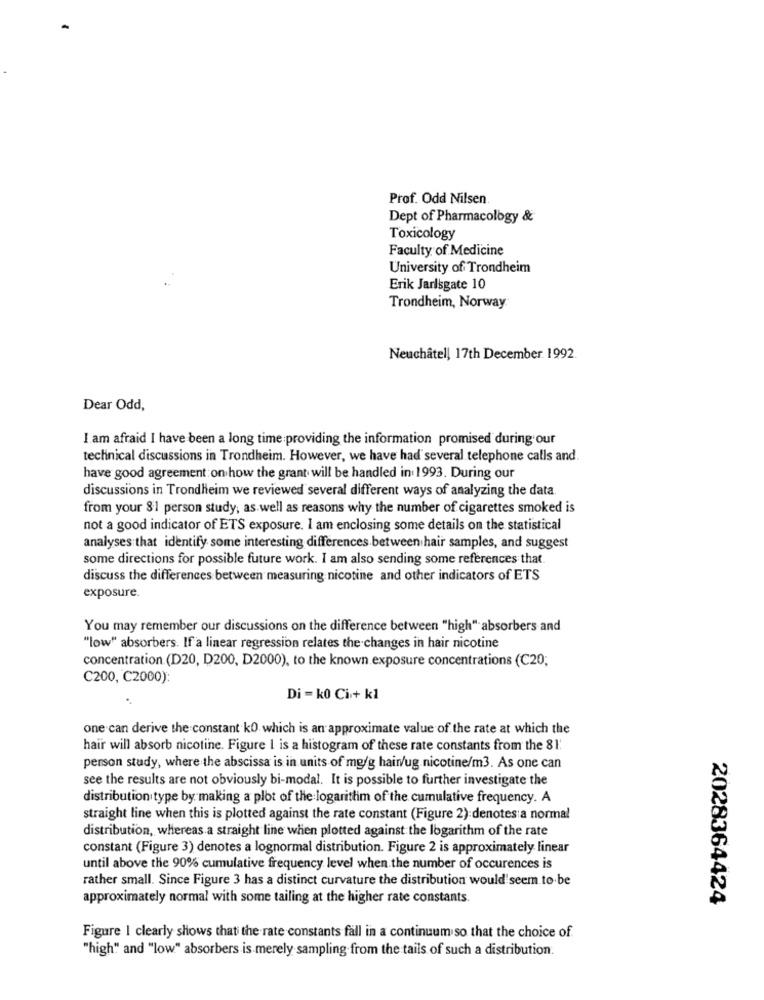
Prof. Odd Nilsen
Dept of Pharmacology &
Toxicology
Faculty of Medicine
University of Trondheim
Erik Jarlsgate 10
Trondheim, Norway
Neuchâtel, 17th December. 1992.
Dear Odd,
I am afraid I have been a long time providing the information promised during our
technical discussions in Trondheim. However, we have had several telephone calls and.
have good agreement on how the grant will be handled in 1993. During our
discussions in Trondheim we reviewed several different ways of analyzing the data
from your 81 person study, as well as reasons why the number of cigarettes smoked is
not a good indicator of ETS exposure. I am enclosing some details on the statistical
analyses that identify some interesting differences between hair samples, and suggest
some directions for possible future work. I am also sending some references that.
discuss the differences between measuring nicotine and other indicators of ETS
exposure.
You may remember our discussions on the difference between "high" absorbers and
"low" absorbers. If a linear regression relates the changes in hair nicotine
concentration.(D20, D200, D2000), to the known exposure concentrations (C20;
C200, C2000):
Di = ko Ci+ k1
one can derive the constant k0 which is an approximate value of the rate at which the
hair will absorb nicotine. Figure I is a histogram of these rate constants from the 81.
person study, where the abscissa is in units of mg/g hain/ug nicotine/m3. As one can
see the results are not obviously bi-modal. It is possible to further investigate the
distribution type by making a plot of the logarittim of the cumulative frequency. A
straight line when this is plotted against the rate constant (Figure 2):denotes a normal
distribution, whereas a straight line when plotted against the logarithm of the rate
constant (Figure 3) denotes a lognormal distribution. Figure 2 is approximately linear
until above the 90% cumulative frequency level when the number of occurences is
rather small. Since Figure 3 has a distinct curvature the distribution would seem to be
approximately normal with some tailing at the higher rate constants.
2028364424
Figure I clearly shows that the rate constants fall in a continuum so that the choice of
"high" and "low" absorbers is merely sampling from the tails of such a distribution.